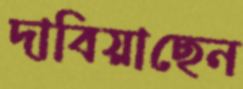
দাবিয়াছেন